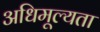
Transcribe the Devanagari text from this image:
अधिमूल्यता